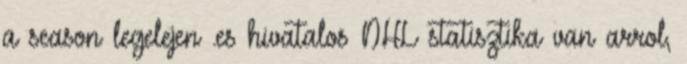
a season legelejen .es hivatalos NHL statisztika van arrol,